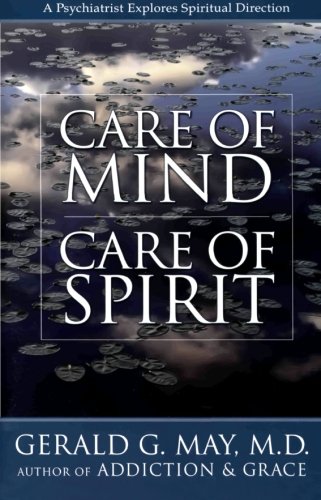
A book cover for Care of Mind/Care of Spirit: A Psychiatrist Explores Spiritual Direction; Gerald G. May; Christian Books & Bibles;